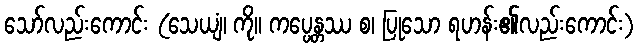
သော်လည်းကောင်း (သေယျံ၊ ကို။ ကပ္ပေန္တဿ စ၊ ပြုသော ရဟန်း၏လည်းကောင်း)